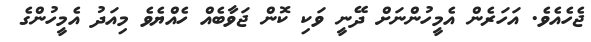
ޖެހެއެވެ. އަހަރެން އެމީހުންނަށް ދޭނީ ވަކި ކޮން ޖަވާބެއް ހެއްޔެވެ މިއަދު އެމީހުންގެ